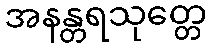
အနန္တရသုတ္တေ